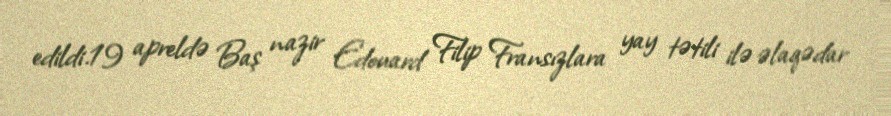
edildi.19 apreldə Baş nazir Edouard Filip Fransızlara yay tətili ilə əlaqədar